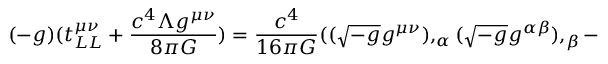
( - g ) ( t _ { L L } ^ { \mu \nu } + { \frac { c ^ { 4 } \Lambda g ^ { \mu \nu } } { 8 \pi G } } ) = { \frac { c ^ { 4 } } { 1 6 \pi G } } ( ( { \sqrt { - g } } g ^ { \mu \nu } ) , _ { \alpha } ( { \sqrt { - g } } g ^ { \alpha \beta } ) , _ { \beta } -